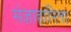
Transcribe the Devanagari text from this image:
संज्ञाहारिता